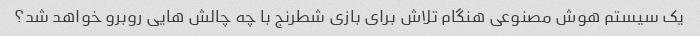
یک سیستم هوش مصنوعی هنگام تلاش برای بازی شطرنج با چه چالش هایی روبرو خواهد شد؟